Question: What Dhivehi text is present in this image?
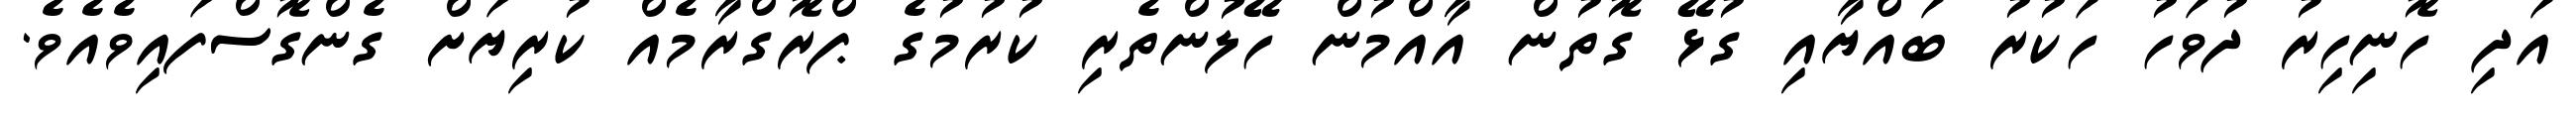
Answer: އަދި ހޮނިހިރު ދުވަހު ހަކުރު ބައްޔާއި ގުޅޭ ގޮތުން އާއްމުން ހޭލުންތެރި ކުރުމުގެ ޕްރޮގްރާމެއް ކުރިޔަށް ގެންގޮސްފައިވެއެވެ.